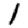
Digit: 1